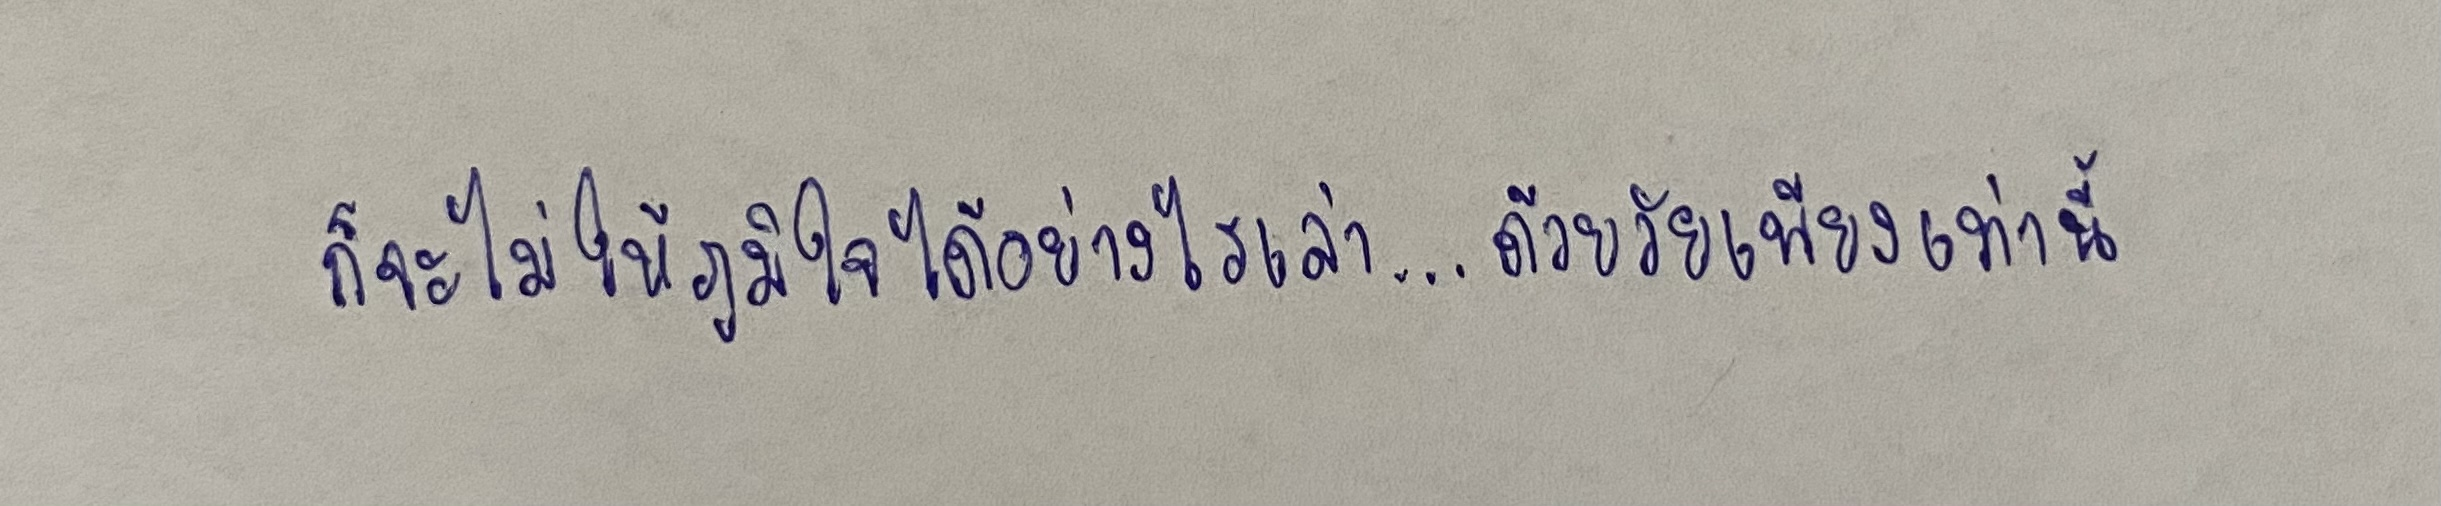
ก็จะไม่ให้ภูมิใจได้อย่างไรเล่า...ด้วยวัยเพียงเท่านี้